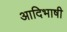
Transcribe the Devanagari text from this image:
आदिभाषी